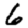
Digit: 6